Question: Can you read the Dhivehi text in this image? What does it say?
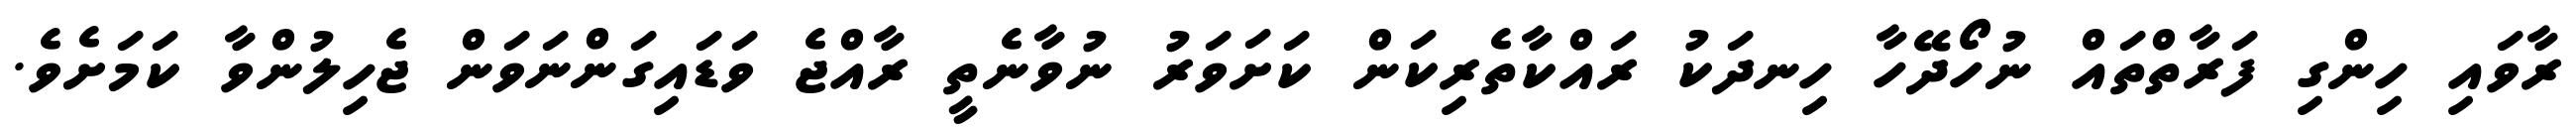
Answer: ރާވައި ހިންގި ފަރާތްތައް ނުހޯދޭހާ ހިނދަކު ރައްކާތެރިކަން ކަށަވަރު ނުވާނެތީ ރާއްޖެ ވަޑައިގަންނަވަން ޖެހިލުންވާ ކަމަށެވެ.